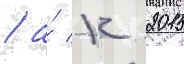
/ а́ к 2015